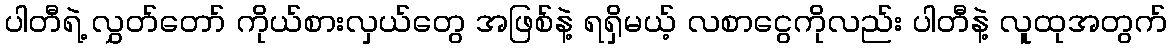
ပါတီရဲ့ လွှတ်တော် ကိုယ်စားလှယ်တွေ အဖြစ်နဲ့ ရရှိမယ့် လစာငွေကိုလည်း ပါတီနဲ့ လူထုအတွက်